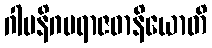
ဂါမနိဂမရာဇဓာနိယောတိ